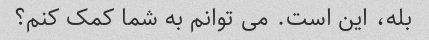
بله، این است. می توانم به شما کمک کنم؟